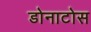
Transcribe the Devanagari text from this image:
डोनाटोस